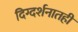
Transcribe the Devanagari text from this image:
दिग्दर्शनातही